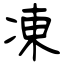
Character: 凍